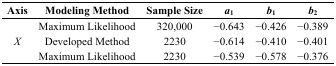
| Axis | Modeling Method | Sample Size | a1 | b1 | b2 |
 | --- | --- | --- | --- | --- | --- |
 | <ROWSPAN=3> X | Maximum Likelihood | 320,000 | −0.643 | −0.426 | −0.389 |
 | Developed Method | 2230 | −0.614 | −0.410 | −0.401 |
 | Maximum Likelihood | 2230 | −0.539 | −0.578 | −0.376 |